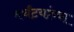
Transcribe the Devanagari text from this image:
मर्चंटयांच्या